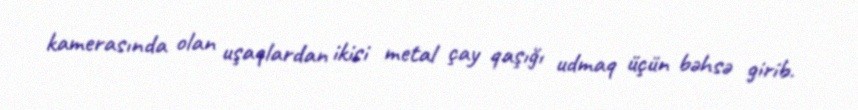
kamerasında olan uşaqlardan ikisi metal çay qaşığı udmaq üçün bəhsə girib.